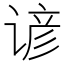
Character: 谚